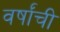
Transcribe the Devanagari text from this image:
वर्षांंची